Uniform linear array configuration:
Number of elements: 16
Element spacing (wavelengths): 1
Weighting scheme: hamming
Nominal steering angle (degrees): -15
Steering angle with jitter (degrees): -16.978
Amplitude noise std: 0.05
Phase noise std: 0.05

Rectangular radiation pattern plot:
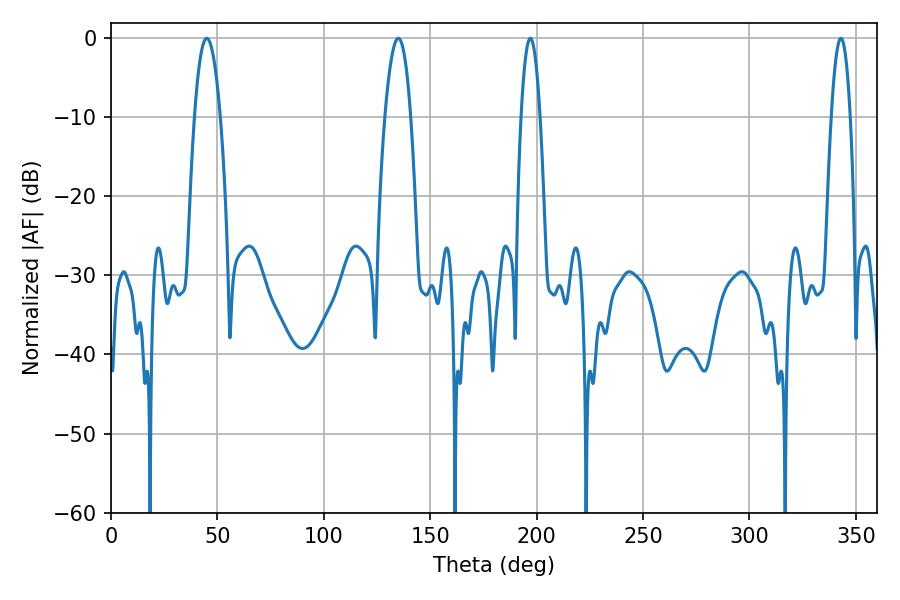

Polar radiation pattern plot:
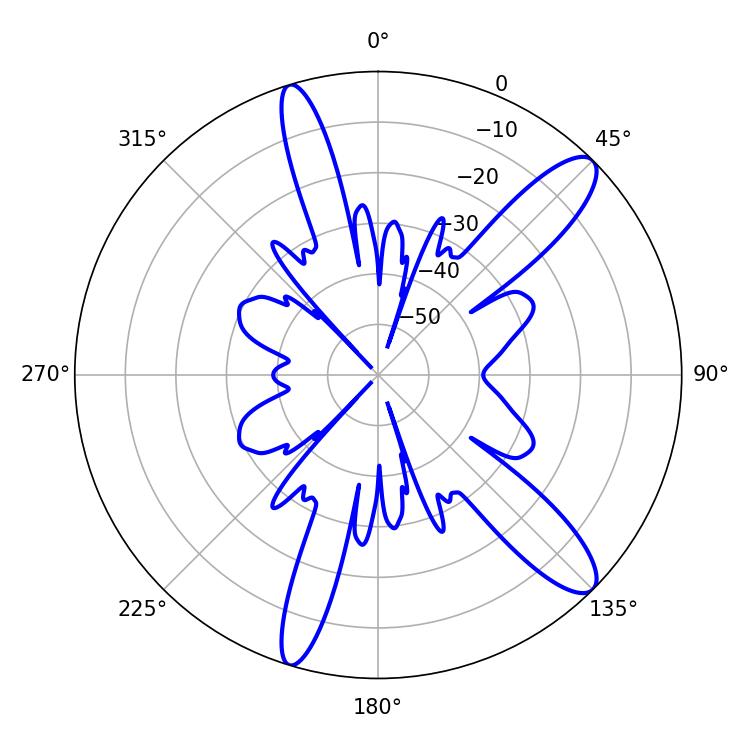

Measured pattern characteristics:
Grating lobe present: TRUE
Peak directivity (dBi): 12.076
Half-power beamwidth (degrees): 6.66
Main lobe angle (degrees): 45